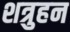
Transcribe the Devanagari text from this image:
शत्रुहन